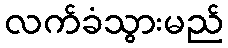
လက်ခံသွားမည်